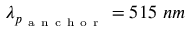
\lambda _ { p _ { \mathrm { ~ a ~ n ~ c ~ h ~ o ~ r ~ } } } = 5 1 5 ~ n m